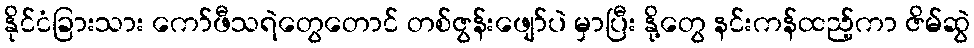
နိုင်ငံခြားသား ကော်ဖီသရဲတွေတောင် တစ်ဇွန်းဖျော်ပဲ မှာပြီး နို့တွေ နင်းကန်ထည့်ကာ ဇိမ်ဆွဲ